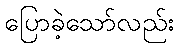
ပြောခဲ့သော်လည်း